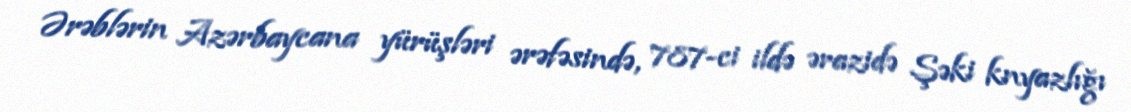
Ərəblərin Azərbaycana yürüşləri ərəfəsində, 787-ci ildə ərazidə Şəki knyazlığı